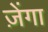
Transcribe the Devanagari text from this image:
ज़ेंगा